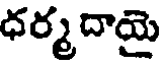
ధర్మ దాయై